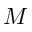
M